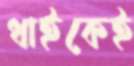
ধাইকেই